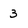
Character: 3